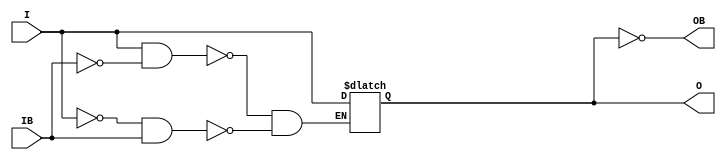
// $Header: /devl/xcs/repo/env/Databases/CAEInterfaces/xec_libs/data/unisims/IBUFGDS_DIFF_OUT.v,v 1.2 2009/09/03 18:46:44 vandanad Exp $
/*

FUNCTION	: INPUT BUFFER

*/

`celldefine
`timescale  100 ps / 10 ps

module IBUFGDS_DIFF_OUT (O, OB, I, IB);

    parameter DIFF_TERM = "FALSE";
    parameter IBUF_LOW_PWR = "TRUE";
    parameter IOSTANDARD = "LVDS_25";

    output O, OB;

    input  I, IB;

    reg  o_out;

    buf B0 (O, o_out);
    not B1 (OB, o_out);

    always @(I or IB) begin
	if (I == 1'b1 && IB == 1'b0)
	    o_out <= I;
	else if (I == 1'b0 && IB == 1'b1)
	    o_out <= I;
    end

endmodule